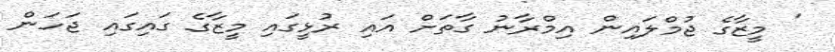
' މީޒާގެ ޖުމްލައިން އިމްރާނު ގާތަށް އައި ރުޅީގައި މީޒާގެ ގައިގައި ޖަހަން